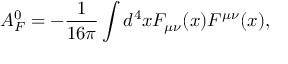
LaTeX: { \cal A } _ { F } ^ { 0 } = - \frac { 1 } { 1 6 \pi } \int d ^ { 4 } x F _ { \mu \nu } ( x ) F ^ { \mu \nu } ( x ) ,